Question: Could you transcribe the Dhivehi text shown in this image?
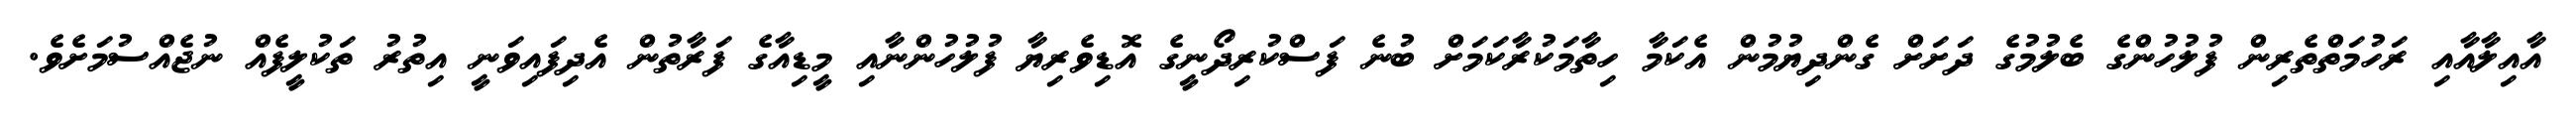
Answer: އާއިލާއާއި ރަހުމަތްތެރިން ފުލުހުންގެ ބެލުމުގެ ދަށަށް ގެންދިޔުމުން އެކަމާ ހިތާމަކުރާކަމަށް ބުނެ ފަސްކުރިދޯނީގެ އޮޑިވެރިޔާ ފުލުހުންނާއި މީޑިއާގެ ފަރާތުން އެދިފައިވަނީ އިތުރު ތަކުލީފެއް ނުޖެއްސުމަށެވެ.